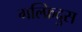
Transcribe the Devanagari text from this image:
गल्फ्रिदुस